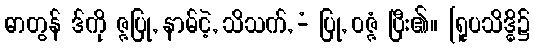
ဓာတွန် ဒ်ကို ဇ္ဇပြု, နာမ်ငဲ့, သိသက်, -ံ ပြု, ဝဇ္ဇံ ပြီး၏။ [ရူပသိဒ္ဓိ၌